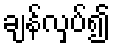
ချန်လှပ်၍